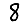
Digit: 8